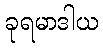
ခုရမာဒါယ